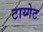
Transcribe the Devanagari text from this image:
टाय्गेट